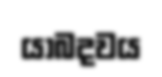
යාබදවය